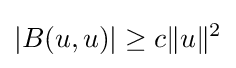
|B(u,u)|\geq c\|u\|^{2}